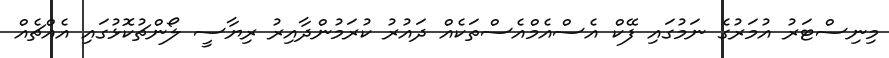
މިނިސްޓަރު އުމަރުގެ ނަމުގައި ފޭކް އެސްއެމްއެސްތަކެއް ދައުރު ކުރަމުންދާއިރު ރިޔާސީ ލޯންޗުކޮޅުގައި އެއްޗެއް